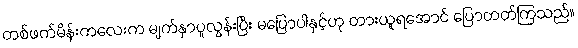
တစ်ဖက်မိန်းကလေးက မျက်နှာပူလွန်းပြီး မပြောပါနှင့်ဟု တားယူရအောင် ပြောတတ်ကြသည်။